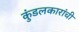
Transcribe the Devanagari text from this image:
कुंडलकारांची